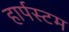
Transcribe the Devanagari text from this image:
हार्पस्टम